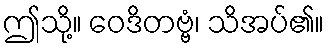
ဤသို့။ ဝေဒိတဗ္ဗံ၊ သိအပ်၏။